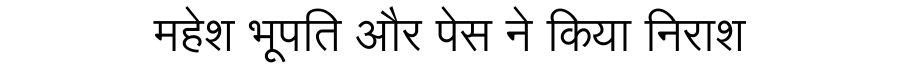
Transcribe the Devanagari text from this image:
महेश भूपति और पेस ने किया निराश